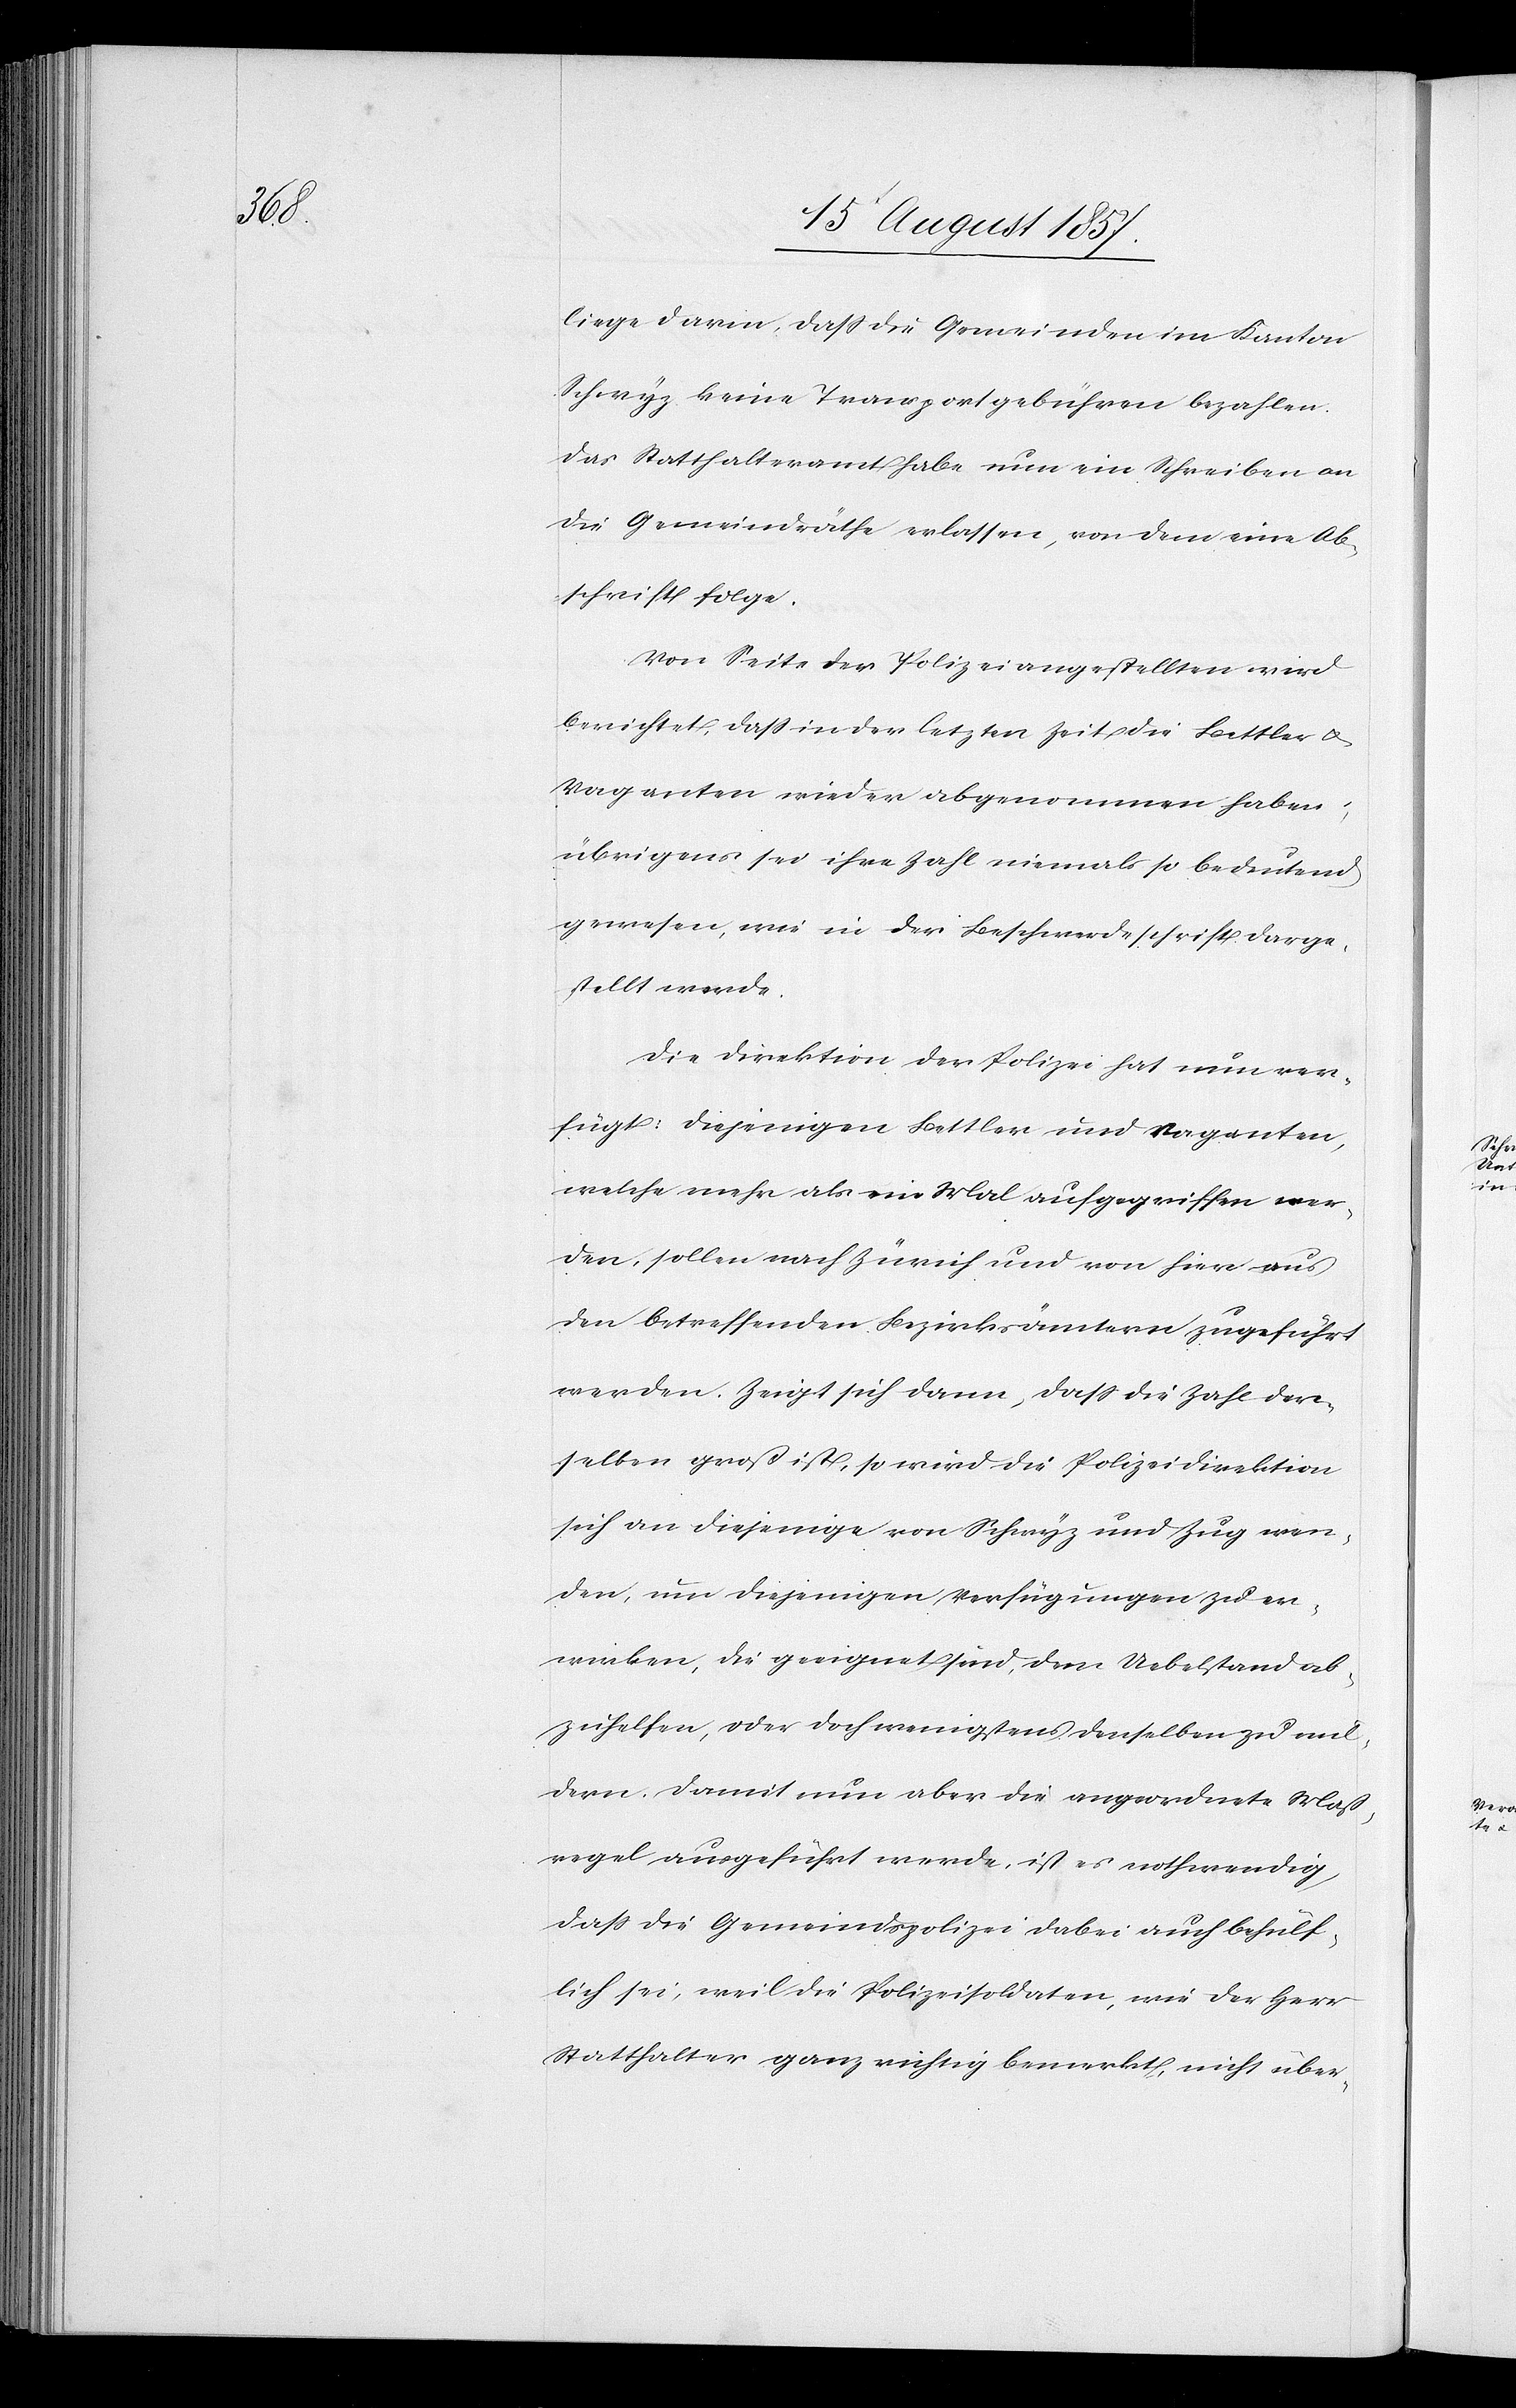
liege darin, daß die Gemeinden im Kanton
Schwyz keine Transportgebühren bezahlen.
Das Statthalteramt habe nun ein Schreiben an
die Gemeindräthe erlassen, von dem eine Ab¬
schrift folge.
Von Seite der Polizeiangestellten wird
berichtet, daß in der letzten Zeit die Bettler &
Vaganten wieder abgenommen haben,
übrigens sei ihre Zahl niemals so bedeutend
gewesen, wie in der Beschwerdeschrift darge¬
stellt werde.
Die Direktion der Polizei hat nun ver¬
fügt: Diejenigen Bettler und Vaganten,
welche mehr als ein Mal aufgegriffen wer¬
den, sollen nach Zürich und von hier aus
den betreffenden Bezirksämtern zugeführt
werden. Zeigt sich dann, daß die Zahl der¬
selben groß ist, so wird die Polizeidirektion
sich an diejenige von Schwyz und Zug wen¬
den, um diejenigen Verfügungen zu er¬
wirken, die geeignet sind, dem Uebelstand ab¬
zuhelfen, oder doch wenigstens denselben zu mil¬
dern. Damit nun aber die angeordnete Maß¬
regel ausgeführt werde, ist es nothwendig,
daß die Gemeindspolizei dabei auch behülf¬
lich sei, weil die Polizeisoldaten, wie der Herr
Statthalter ganz richtig bemerkt, nicht über-